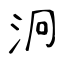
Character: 泂